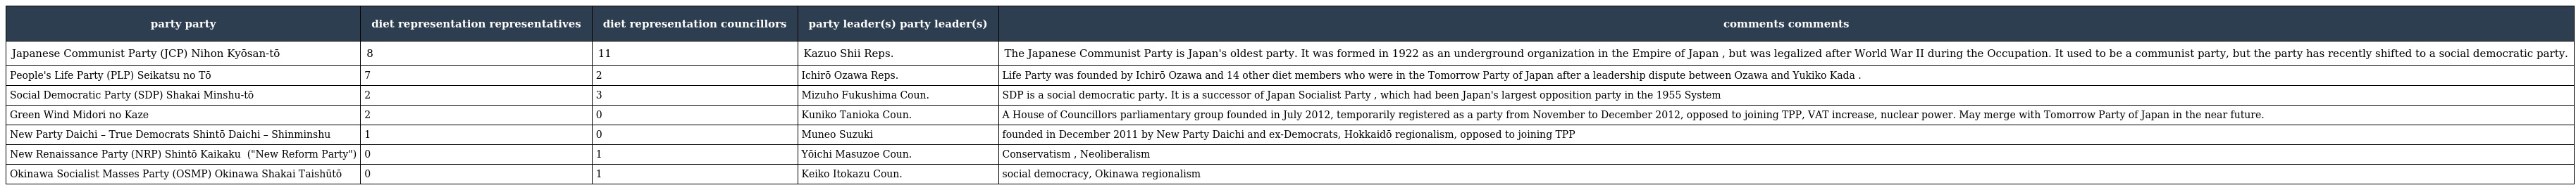
| party party | diet representation representatives | diet representation councillors | party leader(s) party leader(s) | comments comments |
 | --- | --- | --- | --- | --- |
 | Japanese Communist Party (JCP) Nihon Kyōsan-tō 日本共産党 | 8 | 11 | Kazuo Shii Reps. | The Japanese Communist Party is Japan's oldest party. It was formed in 1922 as an underground organization in the Empire of Japan , but was legalized after World War II during the Occupation. It used to be a communist party, but the party has recently shifted to a social democratic party. |
 | People's Life Party (PLP) Seikatsu no Tō 生活の党 | 7 | 2 | Ichirō Ozawa Reps. | Life Party was founded by Ichirō Ozawa and 14 other diet members who were in the Tomorrow Party of Japan after a leadership dispute between Ozawa and Yukiko Kada . |
 | Social Democratic Party (SDP) Shakai Minshu-tō 社会民主党 | 2 | 3 | Mizuho Fukushima Coun. | SDP is a social democratic party. It is a successor of Japan Socialist Party , which had been Japan's largest opposition party in the 1955 System |
 | Green Wind Midori no Kaze みどりの風 | 2 | 0 | Kuniko Tanioka Coun. | A House of Councillors parliamentary group founded in July 2012, temporarily registered as a party from November to December 2012, opposed to joining TPP, VAT increase, nuclear power. May merge with Tomorrow Party of Japan in the near future. |
 | New Party Daichi – True Democrats Shintō Daichi – Shinminshu 新党大地・真民主 | 1 | 0 | Muneo Suzuki | founded in December 2011 by New Party Daichi and ex-Democrats, Hokkaidō regionalism, opposed to joining TPP |
 | New Renaissance Party (NRP) Shintō Kaikaku 新党改革 ("New Reform Party") | 0 | 1 | Yōichi Masuzoe Coun. | Conservatism , Neoliberalism |
 | Okinawa Socialist Masses Party (OSMP) Okinawa Shakai Taishūtō 沖縄社会大衆党 | 0 | 1 | Keiko Itokazu Coun. | social democracy, Okinawa regionalism |